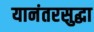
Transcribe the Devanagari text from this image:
यानंतरसुद्धा